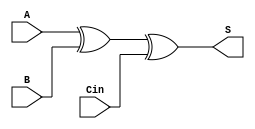
module SUM (S, A, B, Cin);
 
	output S;
	input A, B, Cin;
	
	// Behavioral code
	assign S = A^B^Cin;
	
endmodule